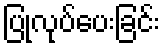
ပြုလုပ်ပေးခြင်း